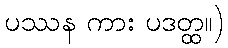
ပဿန ကား ပဒတ္ထ။)